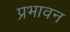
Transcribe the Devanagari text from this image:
प्रभावन